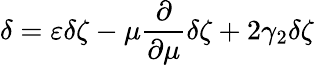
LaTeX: \delta=\varepsilon\delta\zeta-\mu\frac{\partial}{\partial\mu}\delta\zeta+2\gamma_{2}\delta\zeta